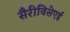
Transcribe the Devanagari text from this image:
सैरीविसेएई